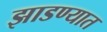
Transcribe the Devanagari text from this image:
झाडण्यात